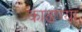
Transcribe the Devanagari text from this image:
काढण्या